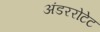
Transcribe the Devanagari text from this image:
अंडररोटेट